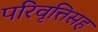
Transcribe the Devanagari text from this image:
परिवृत्तिसह